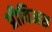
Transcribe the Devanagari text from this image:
प्रीविअस